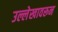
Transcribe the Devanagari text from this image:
उल्लेखावरून